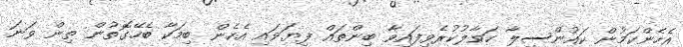
އެހެންކަމުން ކައުންސިލާ ހަވާލުކުރެވިފައިވާ ބިންތައް ފިޔަވައި އެހެން ބިމަކާ ބެހޭގޮތުން ތިން ވަނަ